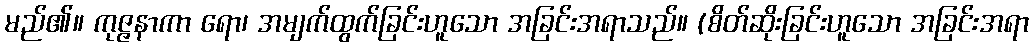
မည်၏။ ကုဇ္ဇနာကာ ရော၊ အမျက်ထွက်ခြင်းဟူသော အခြင်းအရာသည်။ (စိတ်ဆိုးခြင်းဟူသော အခြင်းအရာ